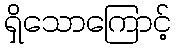
ရှိသောကြောင့်